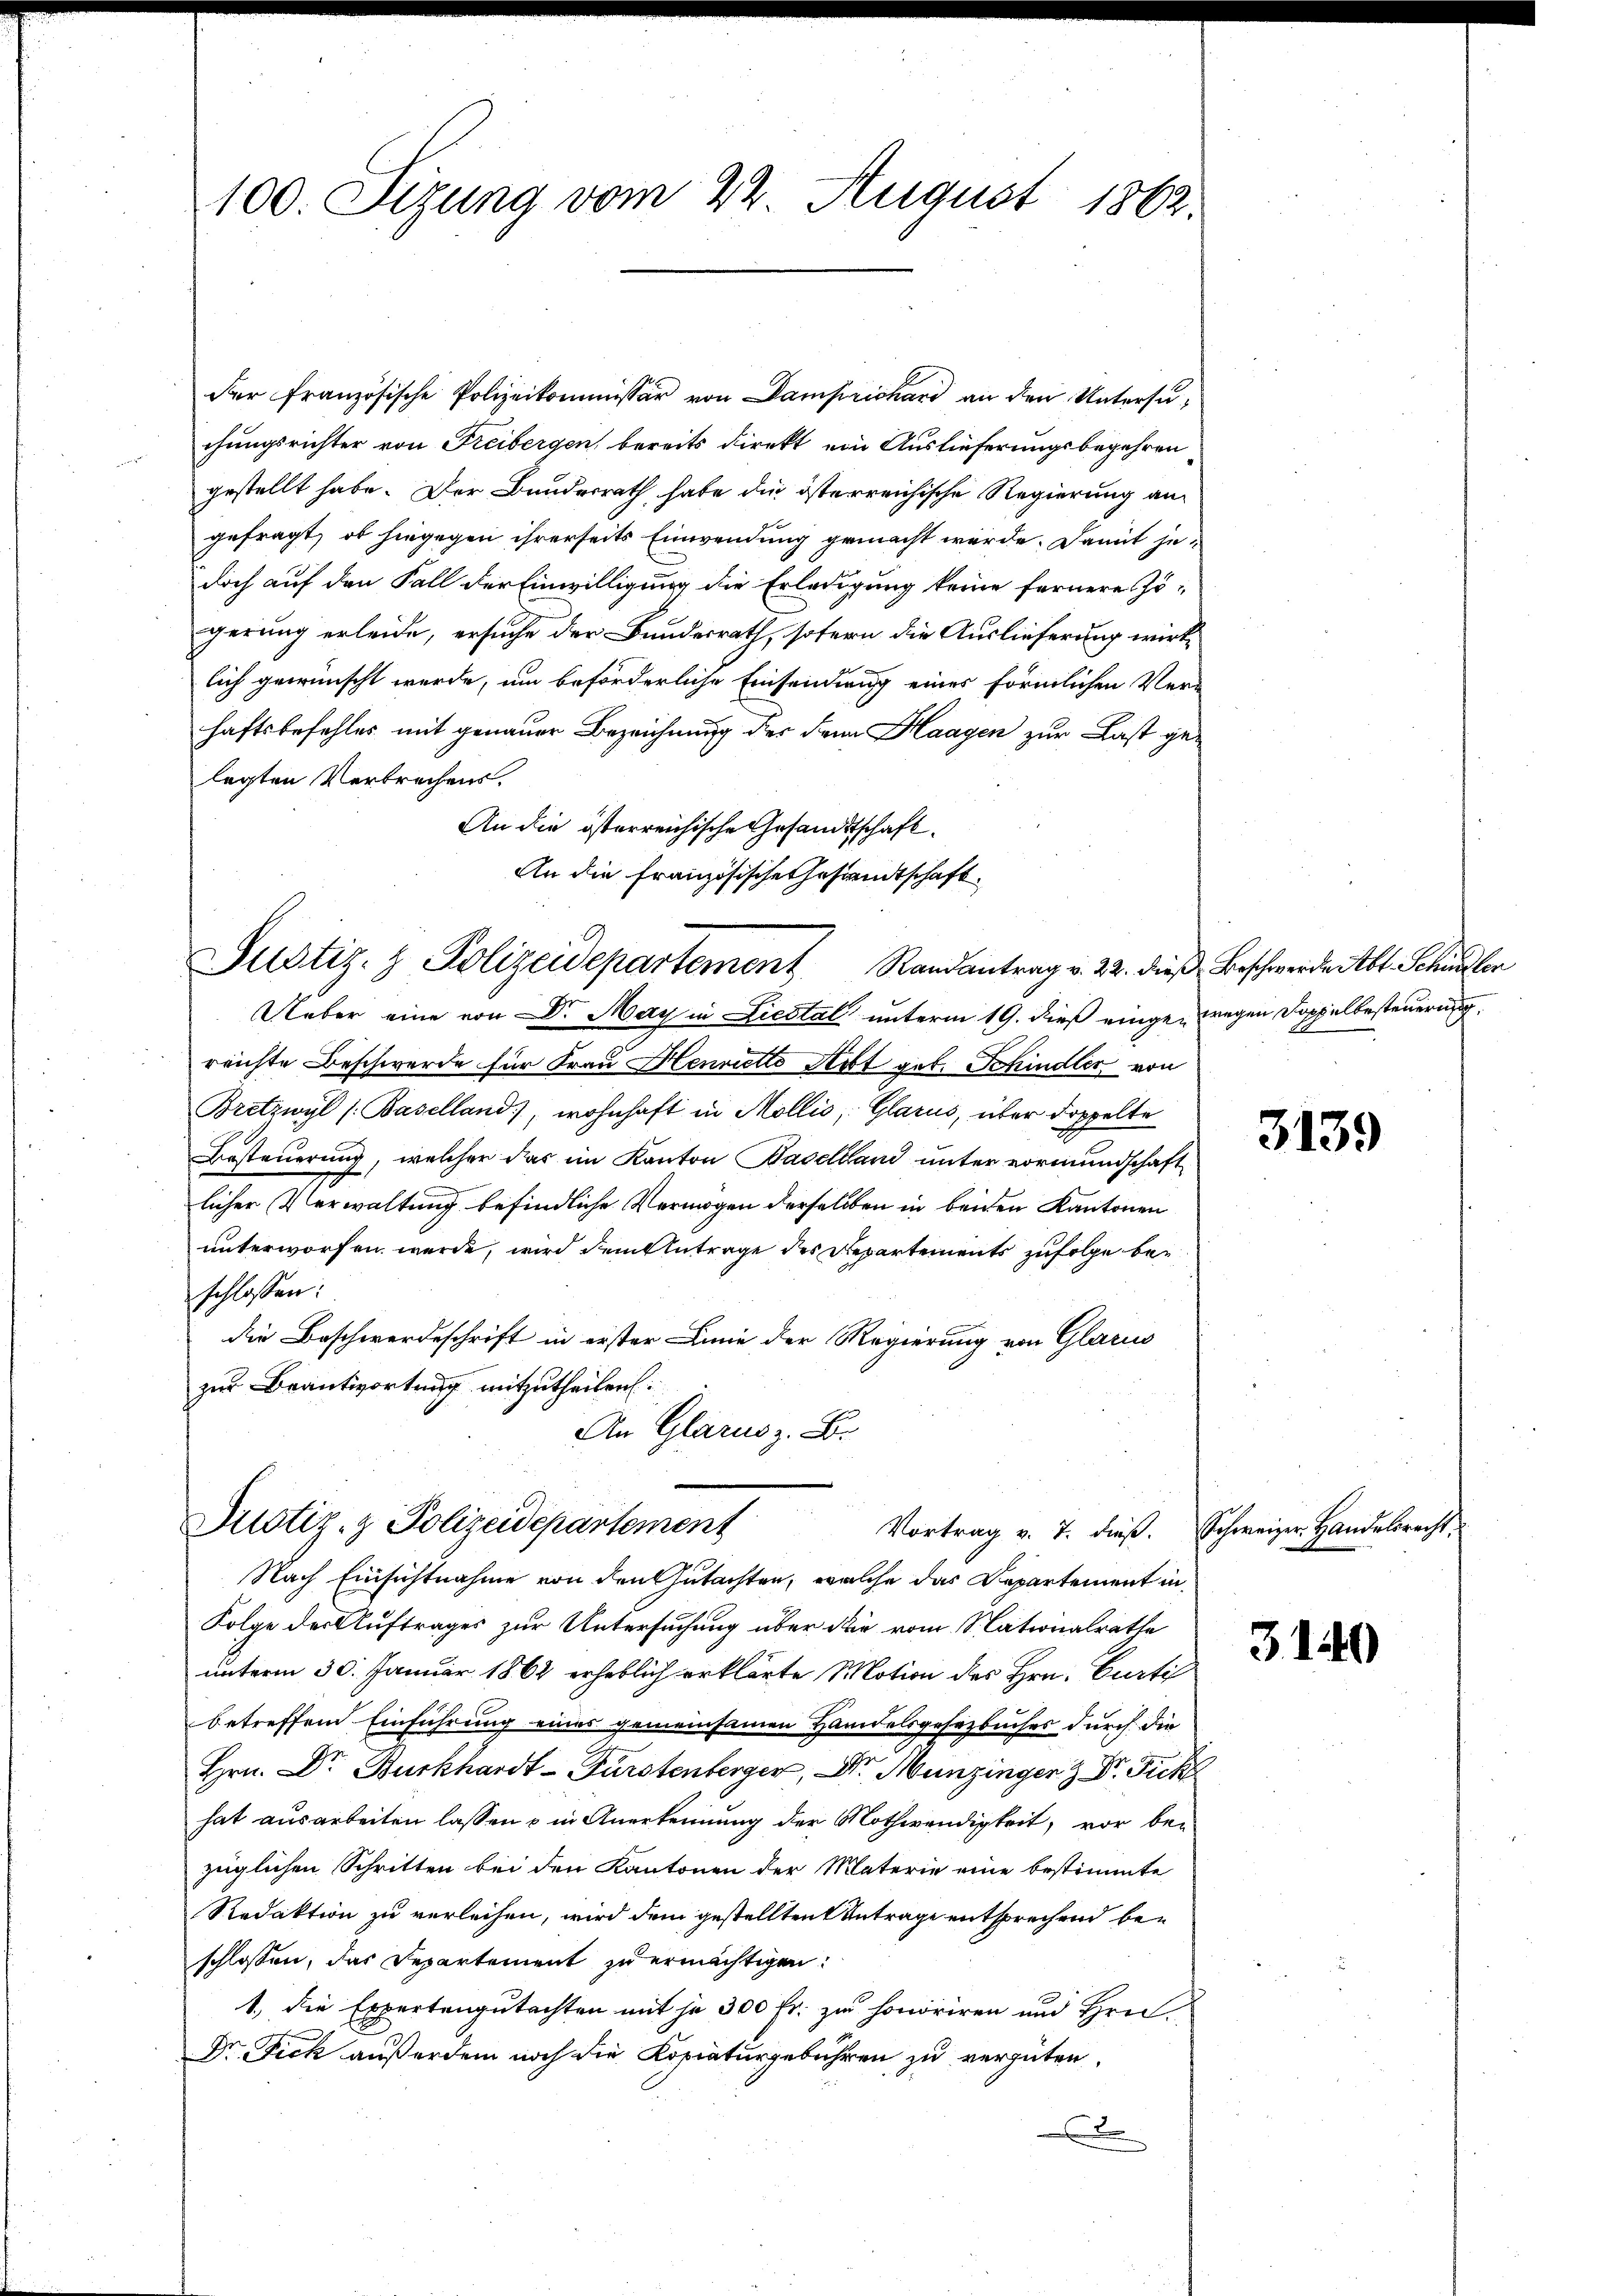
100. Sizung vom 22. August 1862.

der französische Polizeikommissär von Damprichard an den Untersuchungsrichter von Freibergen, bereits direkt ein Auslieferungsbegehren
gestellt habe. Der Bundesrath habe die österreichische Regierung an
gefragt, ob hingegen ihrerseits Einwendung gemacht werde. Damit jedoch auf den Fall der Einwilligung die Erledigung keine fernere Zö-
gerung erleide, ersuche der Bundesrath, sofern die Auslieferung wirklich gewünscht werde, um beförderliche Einsendung eines förmlichen Verhaftsbefehles mit genauer Bezeichnung des denn Haagen zur Last gelegten Verbrechens.
An die österreichische Gesandtschaft.
An die Französische Gesandtschaft
Justiz- & Polizeidepartement Randantrag v. 22. die Beschwerden Abt. Schiedler
Ueber eine von Dr. May in Liestal unterm 19. dieß eingen wegen Doppelbesteuerung
reichte Beschwerde für Frau Henrietto Art geb. Schindler von
Bretzwyl (Baselland), wohnhaft in Mollis, Glarus, über doppelte
Besteuerung, welcher das im Kanton Baselland unter vormundschaft
licher Verwaltung befindliche Vermögen derselben in beiden Kantonen
unterworfen werde, wird dem Antrage des Repartements zufolge beschlossen:
die Beschwerdeschrift in erster Linie der Regierung von Glarus
zur Beantwortung mitzutheilen:
An Glarus z. B.

Justiz- & Polizeidepartement
Vortrag v. 7. dieß. Schweizer Handelsrecht,

Nach Einsichtnahme von den Gutachten, welche das Departement in
Folge der Auftrages zur Untersuchung über die vom Nationalrathe
unterm 30. Januar 1862 erheblich erklärte Motion des Hrn. Curti
betreffend Einführung eines gemeinsamen Handelsgesezbuches durch die
Hrn. Dr. Burkhardt-Fürstenberger, Dr. Munzinger & Dr. Fick
hat ausarbeiten lassen & in Anerkennung der Nothwendigkeit, vor bei
züglichen Schritten bei den Kantonen der Materie eine bestimmte
Redaktion zu verleihen, wird dem gestellten Antrage entsprechend beschlossen, das Departement zu ermächtigen.
1., die Expertengutachten mit je 300 fr. zu honoriren und Hrn.
Dr. Fick außerdem noch die Kopiaturgebühren zu vergüten,
F

3139

3140